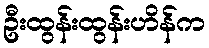
ဦးထွန်းထွန်းဟိန်က